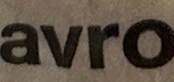
avro